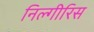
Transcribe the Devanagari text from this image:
निल्गीरिस